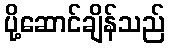
ပို့ဆောင်ချိန်သည်